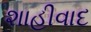
શાહીવાદ